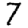
Digit: 7